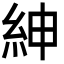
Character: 紳